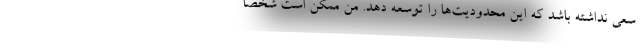
سعی نداشته باشد که این محدودیت‌ها را توسعه دهد. من ممکن است شخصاً